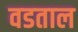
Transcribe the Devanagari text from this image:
वडताल